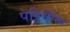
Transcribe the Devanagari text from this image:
पट्टिसीमा